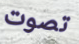
تصوت